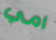
امي